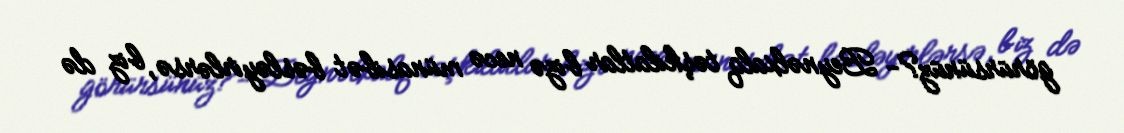
görürsünüz?- Beynəlxalq təşkilatlar bizə necə münasibət bəsləyirlərsə, biz də